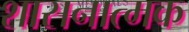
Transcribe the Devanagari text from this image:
शासनात्मक